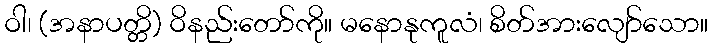
ဝါ၊ (အနာပတ္တိ) ဝိနည်းတော်ကို။ မနောနုကူလံ၊ စိတ်အားလျော်သော။